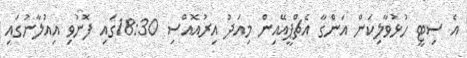
އެ ސިޓީ ހުޅުވާލިކަން އަންގާ އެޗްޕީއޭއިން މިއަދު އިރުއޮއްސި 18:30ގައި ފޮނުވި އިއުލާނުގައި